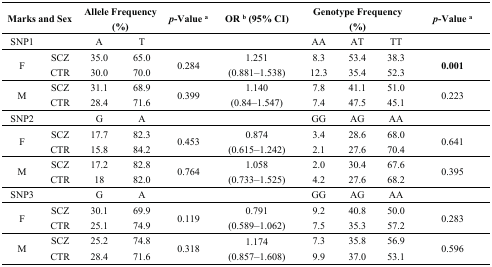
| <COLSPAN=2> Marks and Sex | <COLSPAN=2> Allele Frequency (%) | p-Value a | OR b (95% CI) | <COLSPAN=3> Genotype Frequency (%) | p-Value a |
 | --- | --- | --- | --- | --- | --- | --- | --- | --- | --- |
 | SNP1 |  | A | T |  |  | AA | AT | TT |  |
 | <ROWSPAN=2> F | SCZ | 35.0 | 65.0 | <ROWSPAN=2> 0.284 | <ROWSPAN=2> 1.251 (0.881–1.538) | 8.3 | 53.4 | 38.3 | <ROWSPAN=2> 0.001 |
 | CTR | 30.0 | 70.0 | 12.3 | 35.4 | 52.3 |
 | <ROWSPAN=2> M | SCZ | 31.1 | 68.9 | <ROWSPAN=2> 0.399 | <ROWSPAN=2> 1.140 (0.84–1.547) | 7.8 | 41.1 | 51.0 | <ROWSPAN=2> 0.223 |
 | CTR | 28.4 | 71.6 | 7.4 | 47.5 | 45.1 |
 | SNP2 |  | G | A |  |  | GG | AG | AA |  |
 | <ROWSPAN=2> F | SCZ | 17.7 | 82.3 | <ROWSPAN=2> 0.453 | <ROWSPAN=2> 0.874 (0.615–1.242) | 3.4 | 28.6 | 68.0 | <ROWSPAN=2> 0.641 |
 | CTR | 15.8 | 84.2 | 2.1 | 27.6 | 70.4 |
 | <ROWSPAN=2> M | SCZ | 17.2 | 82.8 | <ROWSPAN=2> 0.764 | <ROWSPAN=2> 1.058 (0.733–1.525) | 2.0 | 30.4 | 67.6 | <ROWSPAN=2> 0.395 |
 | CTR | 18 | 82.0 | 4.2 | 27.6 | 68.2 |
 | SNP3 |  | G | A |  |  | GG | AG | AA |  |
 | <ROWSPAN=2> F | SCZ | 30.1 | 69.9 | <ROWSPAN=2> 0.119 | <ROWSPAN=2> 0.791 (0.589–1.062) | 9.2 | 40.8 | 50.0 | <ROWSPAN=2> 0.283 |
 | CTR | 25.1 | 74.9 | 7.5 | 35.3 | 57.2 |
 | <ROWSPAN=2> M | SCZ | 25.2 | 74.8 | <ROWSPAN=2> 0.318 | <ROWSPAN=2> 1.174 (0.857–1.608) | 7.3 | 35.8 | 56.9 | <ROWSPAN=2> 0.596 |
 | CTR | 28.4 | 71.6 | 9.9 | 37.0 | 53.1 |